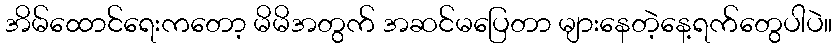
အိမ်ထောင်ရေးကတော့ မိမိအတွက် အဆင်မပြေတာ များနေတဲ့နေ့ရက်တွေပါပဲ။